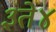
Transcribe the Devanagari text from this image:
३ते४